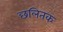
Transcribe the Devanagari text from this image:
छलितक